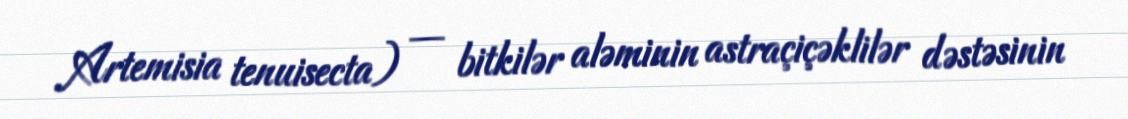
Artemisia tenuisecta) — bitkilər aləminin astraçiçəklilər dəstəsinin